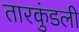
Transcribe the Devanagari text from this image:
तारकुंडली